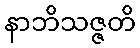
နာဘိသဇ္ဇတိ